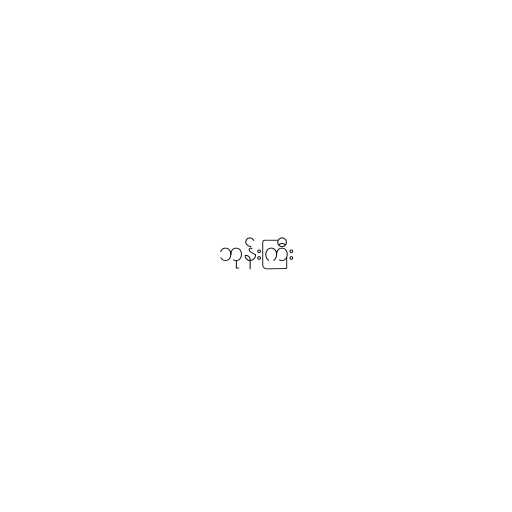
ဘုန်းကြီး